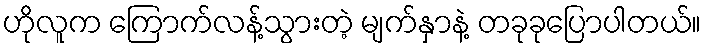
ဟိုလူက ကြောက်လန့်သွားတဲ့ မျက်နှာနဲ့ တခုခုပြောပါတယ်။